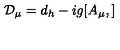
{ \cal { D } } _ { \mu } = d _ { h } - i g [ A _ { \mu } , ]